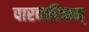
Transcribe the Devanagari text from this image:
पारदारिकम्